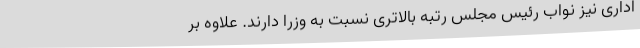
اداری نیز نواب رئیس مجلس رتبه بالاتری نسبت به وزرا دارند. علاوه بر